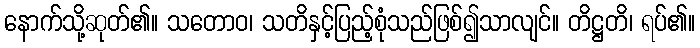
နောက်သို့ဆုတ်၏။ သတောဝ၊ သတိနှင့်ပြည့်စုံသည်ဖြစ်၍သာလျင်။ တိဋ္ဌတိ၊ ရပ်၏။